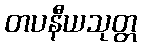
တပနီယသုတ္တ